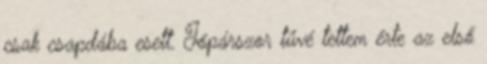
csak csapdába esett. Jópárszor tűvé tettem érte az első